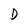
Character: D